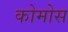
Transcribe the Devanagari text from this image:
कोमोस